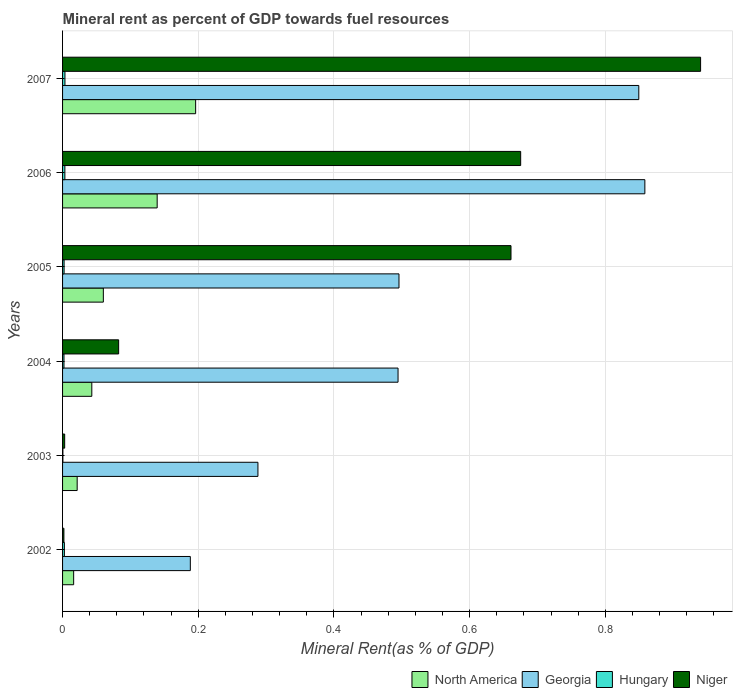
| Years | North America | Georgia | Hungary | Niger |
 | --- | --- | --- | --- | --- |
 | 2002 | 0.0163 | 0.188 | 0.00268 | 0.00198 |
 | 2003 | 0.0215 | 0.288 | 0.00047 | 0.0031 |
 | 2004 | 0.0431 | 0.494 | 0.0021 | 0.0826 |
 | 2005 | 0.0601 | 0.496 | 0.00226 | 0.661 |
 | 2006 | 0.139 | 0.858 | 0.0034 | 0.675 |
 | 2007 | 0.196 | 0.849 | 0.00353 | 0.94 |